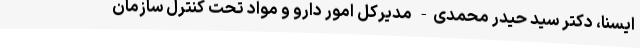
ایسنا، دکتر سید حیدر محمدی- مدیرکل امور دارو و مواد تحت کنترل سازمان